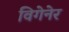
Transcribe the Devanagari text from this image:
विगेनेर